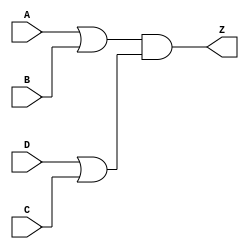
module notech_ao4 (A,B,C,D,Z);
input A,B,C,D;
output Z;
assign Z=(A|B)&(D|C);
endmodule